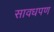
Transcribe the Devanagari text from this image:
सावधपण